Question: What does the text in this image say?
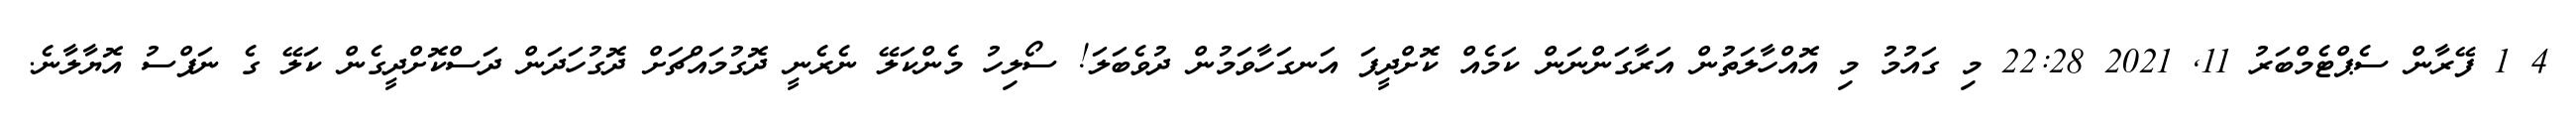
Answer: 4 1 ފޭރާން ސެޕްޓެމްބަރު 11, 2021 22:28 މި ގައުމު މި އޮއްހާލަތުން އަރާގަންނަން ކަމެއް ކޮށްދީފަ އަނގަހާވަމުން ދުވެބަލަ! ސޯލިހު މެންކަލޭ ނެރެނީ ދޮގުމައްޗަށް ދޮގުހަދަން ދަސްކޮށްދީގެން ކަލޭ ގެ ނަފްސު އޮޔާލާނެ.